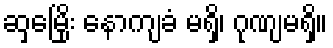
ဆှမြေိုး နောကျခံ မရှိ၊ ဂုဏျမရှိ။